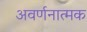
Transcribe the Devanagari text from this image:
अवर्णनात्मक